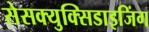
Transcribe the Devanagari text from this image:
सेसक्युक्सिडाइजिंग